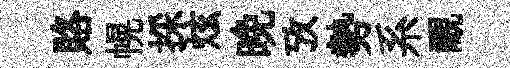
賂幌採炫晚攷勢系覼